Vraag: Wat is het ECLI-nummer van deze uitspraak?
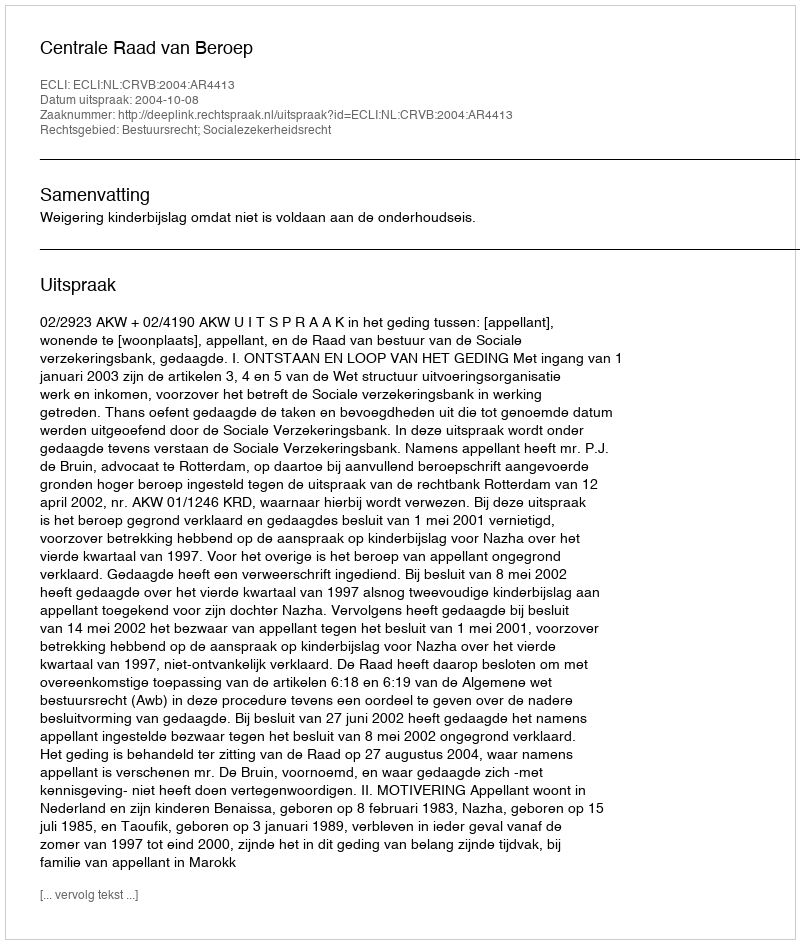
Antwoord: ECLI:NL:CRVB:2004:AR4413